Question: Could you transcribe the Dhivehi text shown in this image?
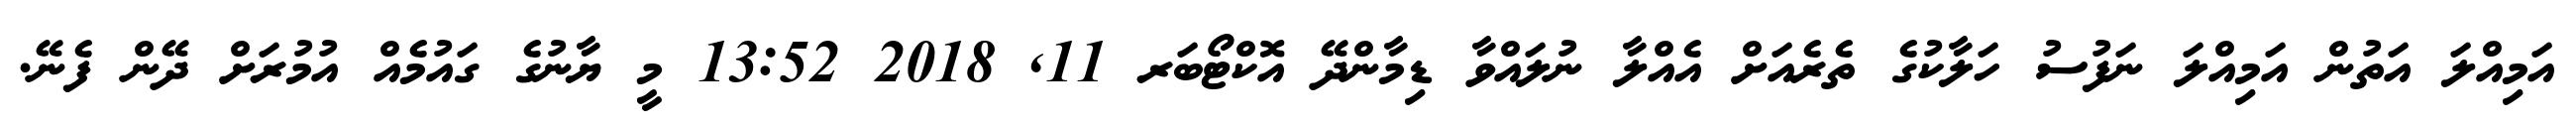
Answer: އަމިއްލަ އަތުން އަމިއްލަ ނަފުސު ހަލާކުގެ ތެރެއަށް އެއްލާ ނުލައްވާ ޑިމާންދޭ އޮކްޓޯބަރ 11, 2018 13:52 މީ ޔާނުގެ ގައުމެއް އުމުރަށް ދޭން ފެނޭ.